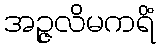
အဉ္ဇလိမကရိံ